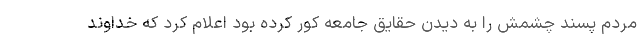
مردم پسند چشمش را به دیدن حقایق جامعه کور کرده بود اعلام کرد که خداوند